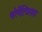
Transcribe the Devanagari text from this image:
फोर्मेल्डिहाइड